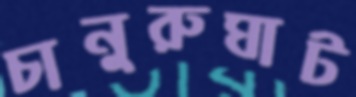
চানুরুঘাট